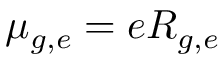
\mu _ { g , e } = e R _ { g , e }